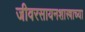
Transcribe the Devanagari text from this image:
जीवरसायनशास्त्राच्या